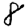
Digit: 8